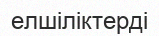
елшіліктерді